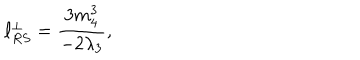
\ell _ { R S } ^ { \perp } = \frac { 3 m _ { 4 } ^ { 3 } } { - 2 \lambda _ { 3 } } ,